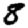
Digit: 8